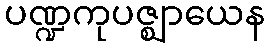
ပဏ္ဍကုပဇ္ဈာယေန